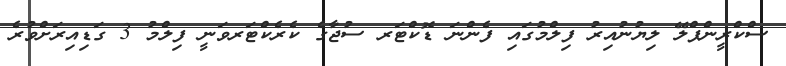
ސްކްރީންޕްލޭ ލިޔުނުއިރު ފިލްމުގައި ފެންނަ ޑޮކްޓަރ ސުޖާގެ ކެރެކްޓަރވަނީ ފިލްމު 3 ގަޑިއިރަށްވުރެ